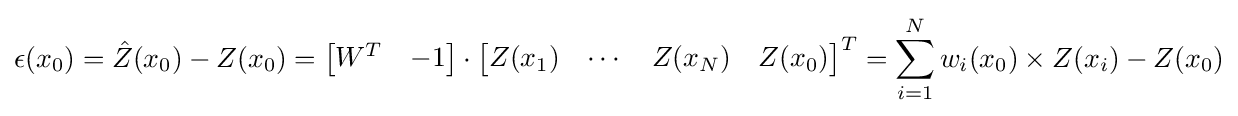
\epsilon (x_{0})={\hat {Z}}(x_{0})-Z(x_{0})={\begin{bmatrix}W^{T}&-1\end{bmatrix}}\cdot {\begin{bmatrix}Z(x_{1})&\cdots &Z(x_{N})&Z(x_{0})\end{bmatrix}}^{T}=\sum _{i=1}^{N}w_{i}(x_{0})\times Z(x_{i})-Z(x_{0})